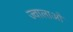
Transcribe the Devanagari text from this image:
ज्वालाओ